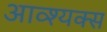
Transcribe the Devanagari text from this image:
आव्श्यक्स